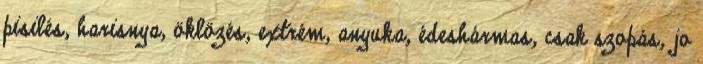
pisilés, harisnya, öklözés, extrém, anyuka, édeshármas, csak szopás, jo